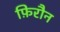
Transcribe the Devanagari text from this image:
फ़िरौन